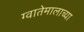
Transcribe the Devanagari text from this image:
ग्वातेमालाच्या